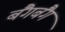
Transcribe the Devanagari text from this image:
बैंगबैंग